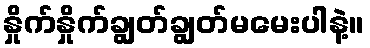
နှိုက်နှိုက်ချွတ်ချွတ်မမေးပါနဲ့။